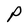
Character: P